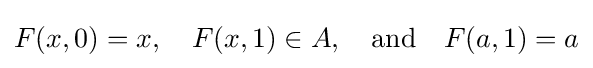
F(x,0)=x,\quad F(x,1)\in A,\quad {\mbox{and}}\quad F(a,1)=a